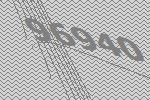
96940